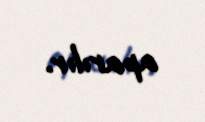
aparılır.